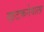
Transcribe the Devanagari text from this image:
खटकनेवाला